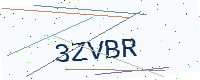
Text: 3ZVBR